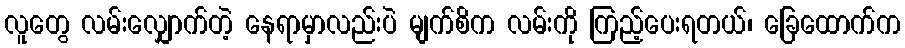
လူတွေ လမ်းလျှောက်တဲ့ နေရာမှာလည်းပဲ မျက်စိက လမ်းကို ကြည့်ပေးရတယ်၊ ခြေထောက်က